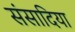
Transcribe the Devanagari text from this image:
संसादिया